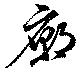
廟